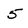
Character: 5